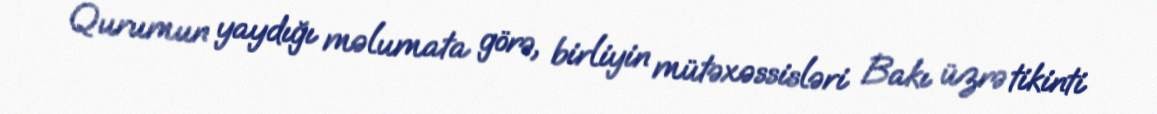
Qurumun yaydığı məlumata görə, birliyin mütəxəssisləri Bakı üzrə tikinti